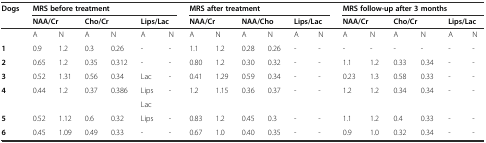
| Dogs | <COLSPAN=6> MRS before treatment | <COLSPAN=6> MRS after treatment | <COLSPAN=6> MRS follow-up after 3 months |
 |  | <COLSPAN=2> NAA/Cr | <COLSPAN=2> Cho/Cr | <COLSPAN=2> Lips/Lac | <COLSPAN=2> NAA/Cr | <COLSPAN=2> NAA/Cho | <COLSPAN=2> Lips/Lac | <COLSPAN=2> NAA/Cr | <COLSPAN=2> Cho/Cr | <COLSPAN=2> Lips/Lac |
 | --- | --- | --- | --- | --- | --- | --- | --- | --- | --- | --- | --- | --- | --- | --- | --- | --- | --- | --- |
 |  | A | N | A | N | A | N | A | N | A | N | A | N | A | N | A | N | A | N |
 | 1 | 0.9 | 1.2 | 0.3 | 0.26 | - | - | 1.1 | 1.2 | 0.28 | 0.26 | - | - | - | - | - | - | - | - |
 | 2 | 0.65 | 1.2 | 0.35 | 0.312 | - | - | 0.80 | 1.2 | 0.30 | 0.32 | - | - | 1.1 | 1.2 | 0.33 | 0.34 | - | - |
 | 3 | 0.52 | 1.31 | 0.56 | 0.34 | Lac | - | 0.41 | 1.29 | 0.59 | 0.34 | - | - | 0.23 | 1.3 | 0.58 | 0.33 | - | - |
 | <ROWSPAN=2> 4 | <ROWSPAN=2> 0.44 | <ROWSPAN=2> 1.2 | <ROWSPAN=2> 0.37 | <ROWSPAN=2> 0.386 | Lips | <ROWSPAN=2> - | <ROWSPAN=2> 1.2 | <ROWSPAN=2> 1.15 | <ROWSPAN=2> 0.36 | <ROWSPAN=2> 0.37 | <ROWSPAN=2> - | <ROWSPAN=2> - | <ROWSPAN=2> 1.2 | <ROWSPAN=2> 1.2 | <ROWSPAN=2> 0.34 | <ROWSPAN=2> 0.34 | <ROWSPAN=2> - | <ROWSPAN=2> - |
 | Lac |
 | 5 | 0.52 | 1.12 | 0.6 | 0.32 | Lips | - | 0.83 | 1.2 | 0.45 | 0.3 | - | - | 1.1 | 1.2 | 0.4 | 0.33 | - | - |
 | 6 | 0.45 | 1.09 | 0.49 | 0.33 | - | - | 0.67 | 1.0 | 0.40 | 0.35 | - | - | 0.9 | 1.0 | 0.32 | 0.34 | - | - |